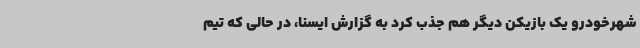
شهرخودرو یک بازیکن دیگر هم جذب کرد به گزارش ایسنا، در حالی که تیم